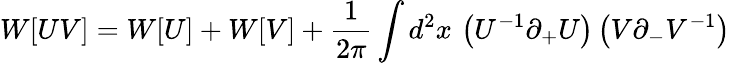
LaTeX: W[UV]=W[U]+W[V]+{\frac{1}{2\pi}}\int d^{2}x\, \left(U^{-1}\partial_{+}U\right)\left(V\partial_{-}V^{-1}\right)